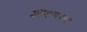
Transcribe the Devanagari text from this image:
इतिहासग्रंथों